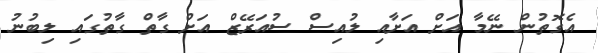
އެގޮތުން ނޭމާ އަށް އަށާއި ލުއިސް ސުއަރޭޒް އަށް ގާތް ގާތުގައި ލިބުނު